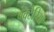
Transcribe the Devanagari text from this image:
बेक्टेरिया